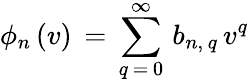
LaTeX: \phi_{n}\, (v)\, =\, \sum_{q\, =\, 0}^{\infty}\, b_{n,\, q}\, v^{q}